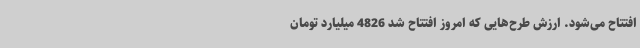
افتتاح می‌شود. ارزش طرح‌هایی که امروز افتتاح شد 4826 میلیارد تومان